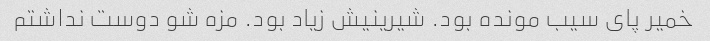
خمیر پای سیب مونده بود. شیرینیش زیاد بود. مزه شو دوست نداشتم